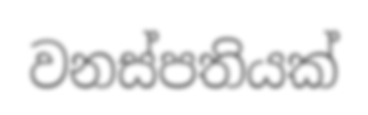
වනස්පතියක්